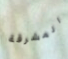
المشرقة